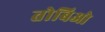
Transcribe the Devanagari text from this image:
तोबिओ